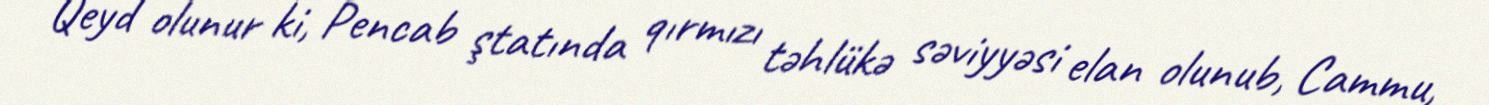
Qeyd olunur ki, Pencab ştatında qırmızı təhlükə səviyyəsi elan olunub, Cammu,